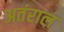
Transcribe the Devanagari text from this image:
अतंराल